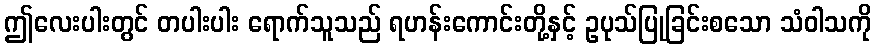
ဤလေးပါးတွင် တပါးပါး ရောက်သူသည် ရဟန်းကောင်းတို့နှင့် ဥပုသ်ပြုခြင်းစသော သံဝါသကို